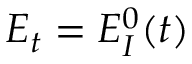
E _ { t } = E _ { I } ^ { 0 } ( t )